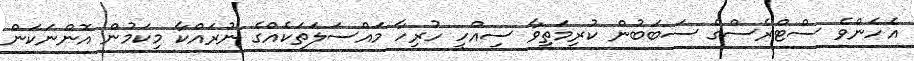
އެހެންވެ ސްޓްރެސްގެ ސަބަބުން ކުރިމަތިވާ ސިއްހީ ހުރިހާ މައްސަލަތަކެއްގެ ނުރައްކާ މިކަމުން އޮންނަކަން